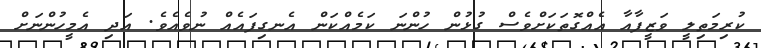
ކުރިމަތިލީ ވަޒީފާއާ އެއްގޮތަކަށްވެސް ގުޅުން ހުންނަ ކަމެއްކަން އެނގިފައެއް ނުވެއެވެ. އަދި އެމީހުންނަށް